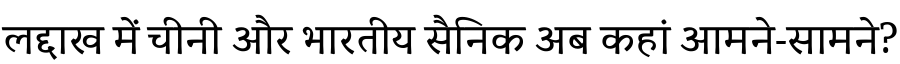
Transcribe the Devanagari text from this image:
लद्दाख में चीनी और भारतीय सैनिक अब कहां आमने-सामने?